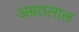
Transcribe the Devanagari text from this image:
अम्रतलाल